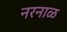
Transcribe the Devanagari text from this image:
नरनाळ